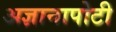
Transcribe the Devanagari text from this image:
अज्ञानापोटी